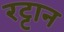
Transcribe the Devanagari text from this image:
रट्टान